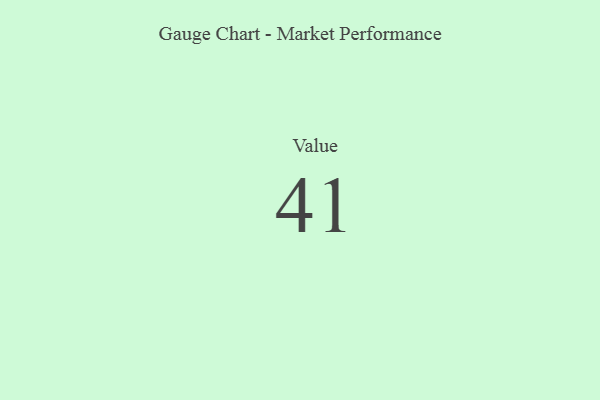
{"axis": {"x": "Metric", "y": "Value"}, "legend": [""], "data": [{"x": "Value", "y": 41, "type": ""}]}